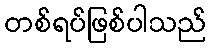
တစ်ရပ်ဖြစ်ပါသည်